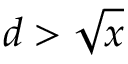
d > { \sqrt { x } }